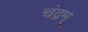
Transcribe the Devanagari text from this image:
चंद्रम्